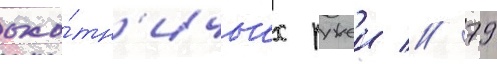
охо́тн'ичьих ружеи // 79